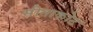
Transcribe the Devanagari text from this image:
सीताकोट